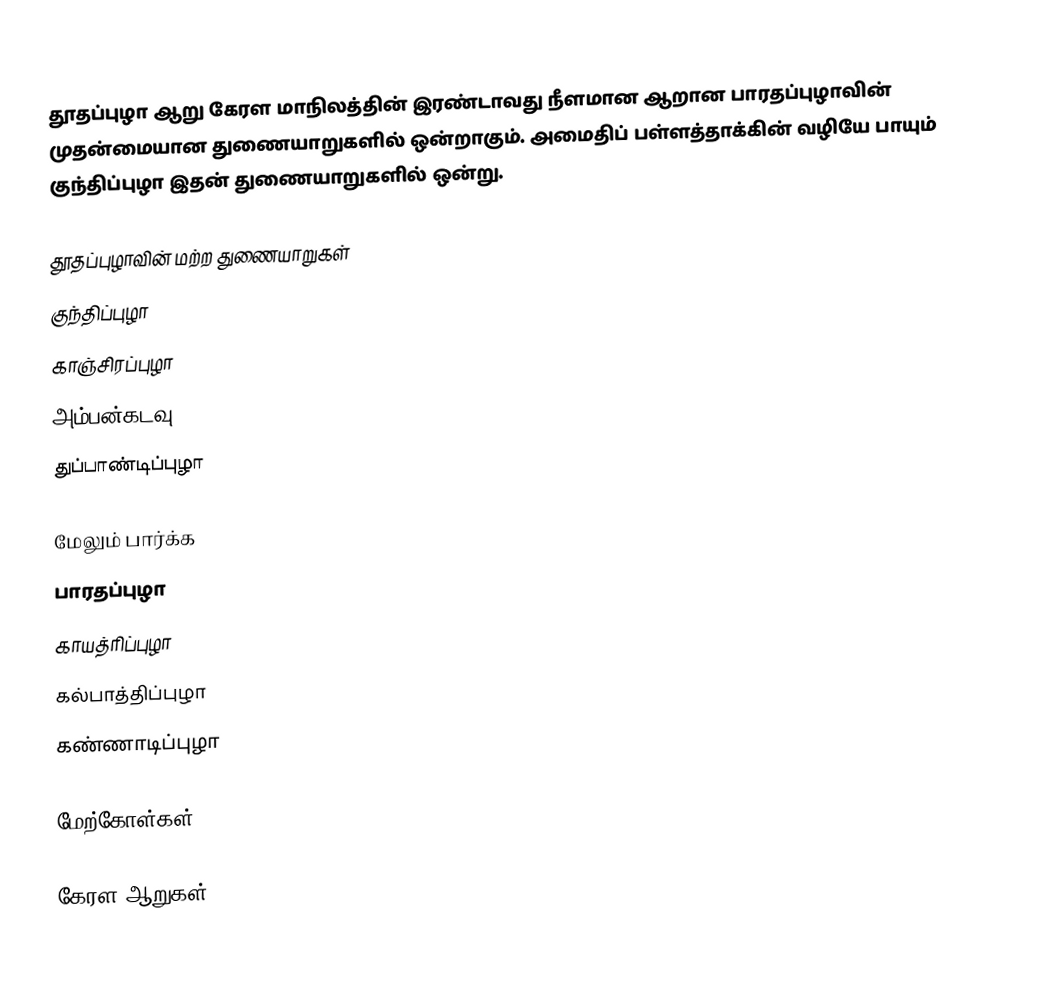
தூதப்புழா ஆறு கேரள மாநிலத்தின் இரண்டாவது நீளமான ஆறான பாரதப்புழாவின் முதன்மையான துணையாறுகளில் ஒன்றாகும். அமைதிப் பள்ளத்தாக்கின் வழியே பாயும் குந்திப்புழா இதன் துணையாறுகளில் ஒன்று.

தூதப்புழாவின் மற்ற துணையாறுகள்
 குந்திப்புழா
 காஞ்சிரப்புழா
 அம்பன்கடவு
 துப்பாண்டிப்புழா

மேலும் பார்க்க
 பாரதப்புழா
 காயத்ரிப்புழா
 கல்பாத்திப்புழா
 கண்ணாடிப்புழா

மேற்கோள்கள்

கேரள ஆறுகள்